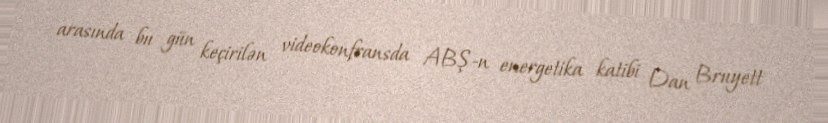
arasında bu gün keçirilən videokonfransda ABŞ-n energetika katibi Dan Bruyett